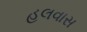
હલવાસ